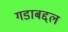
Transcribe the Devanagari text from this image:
गडाबद्दल